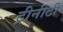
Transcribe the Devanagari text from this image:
ट्रीनीटी